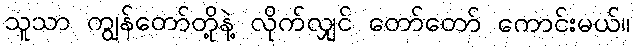
သူသာ ကျွန်တော်တို့နဲ့ လိုက်လျှင် တော်တော် ကောင်းမယ်။